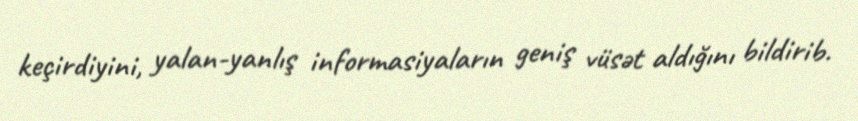
keçirdiyini, yalan-yanlış informasiyaların geniş vüsət aldığını bildirib.